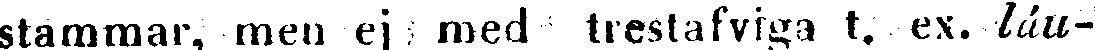
stammar, men ej med trestafviga t. ex. láu-